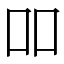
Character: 吅